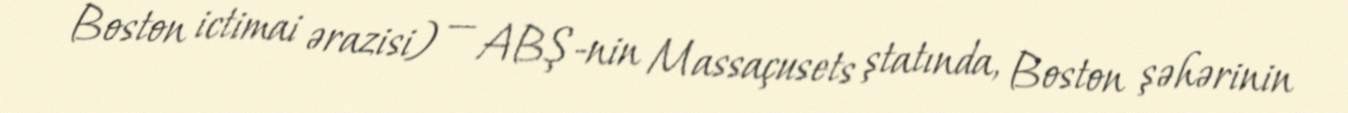
Boston ictimai ərazisi) — ABŞ-nin Massaçusets ştatında, Boston şəhərinin